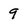
Character: 9